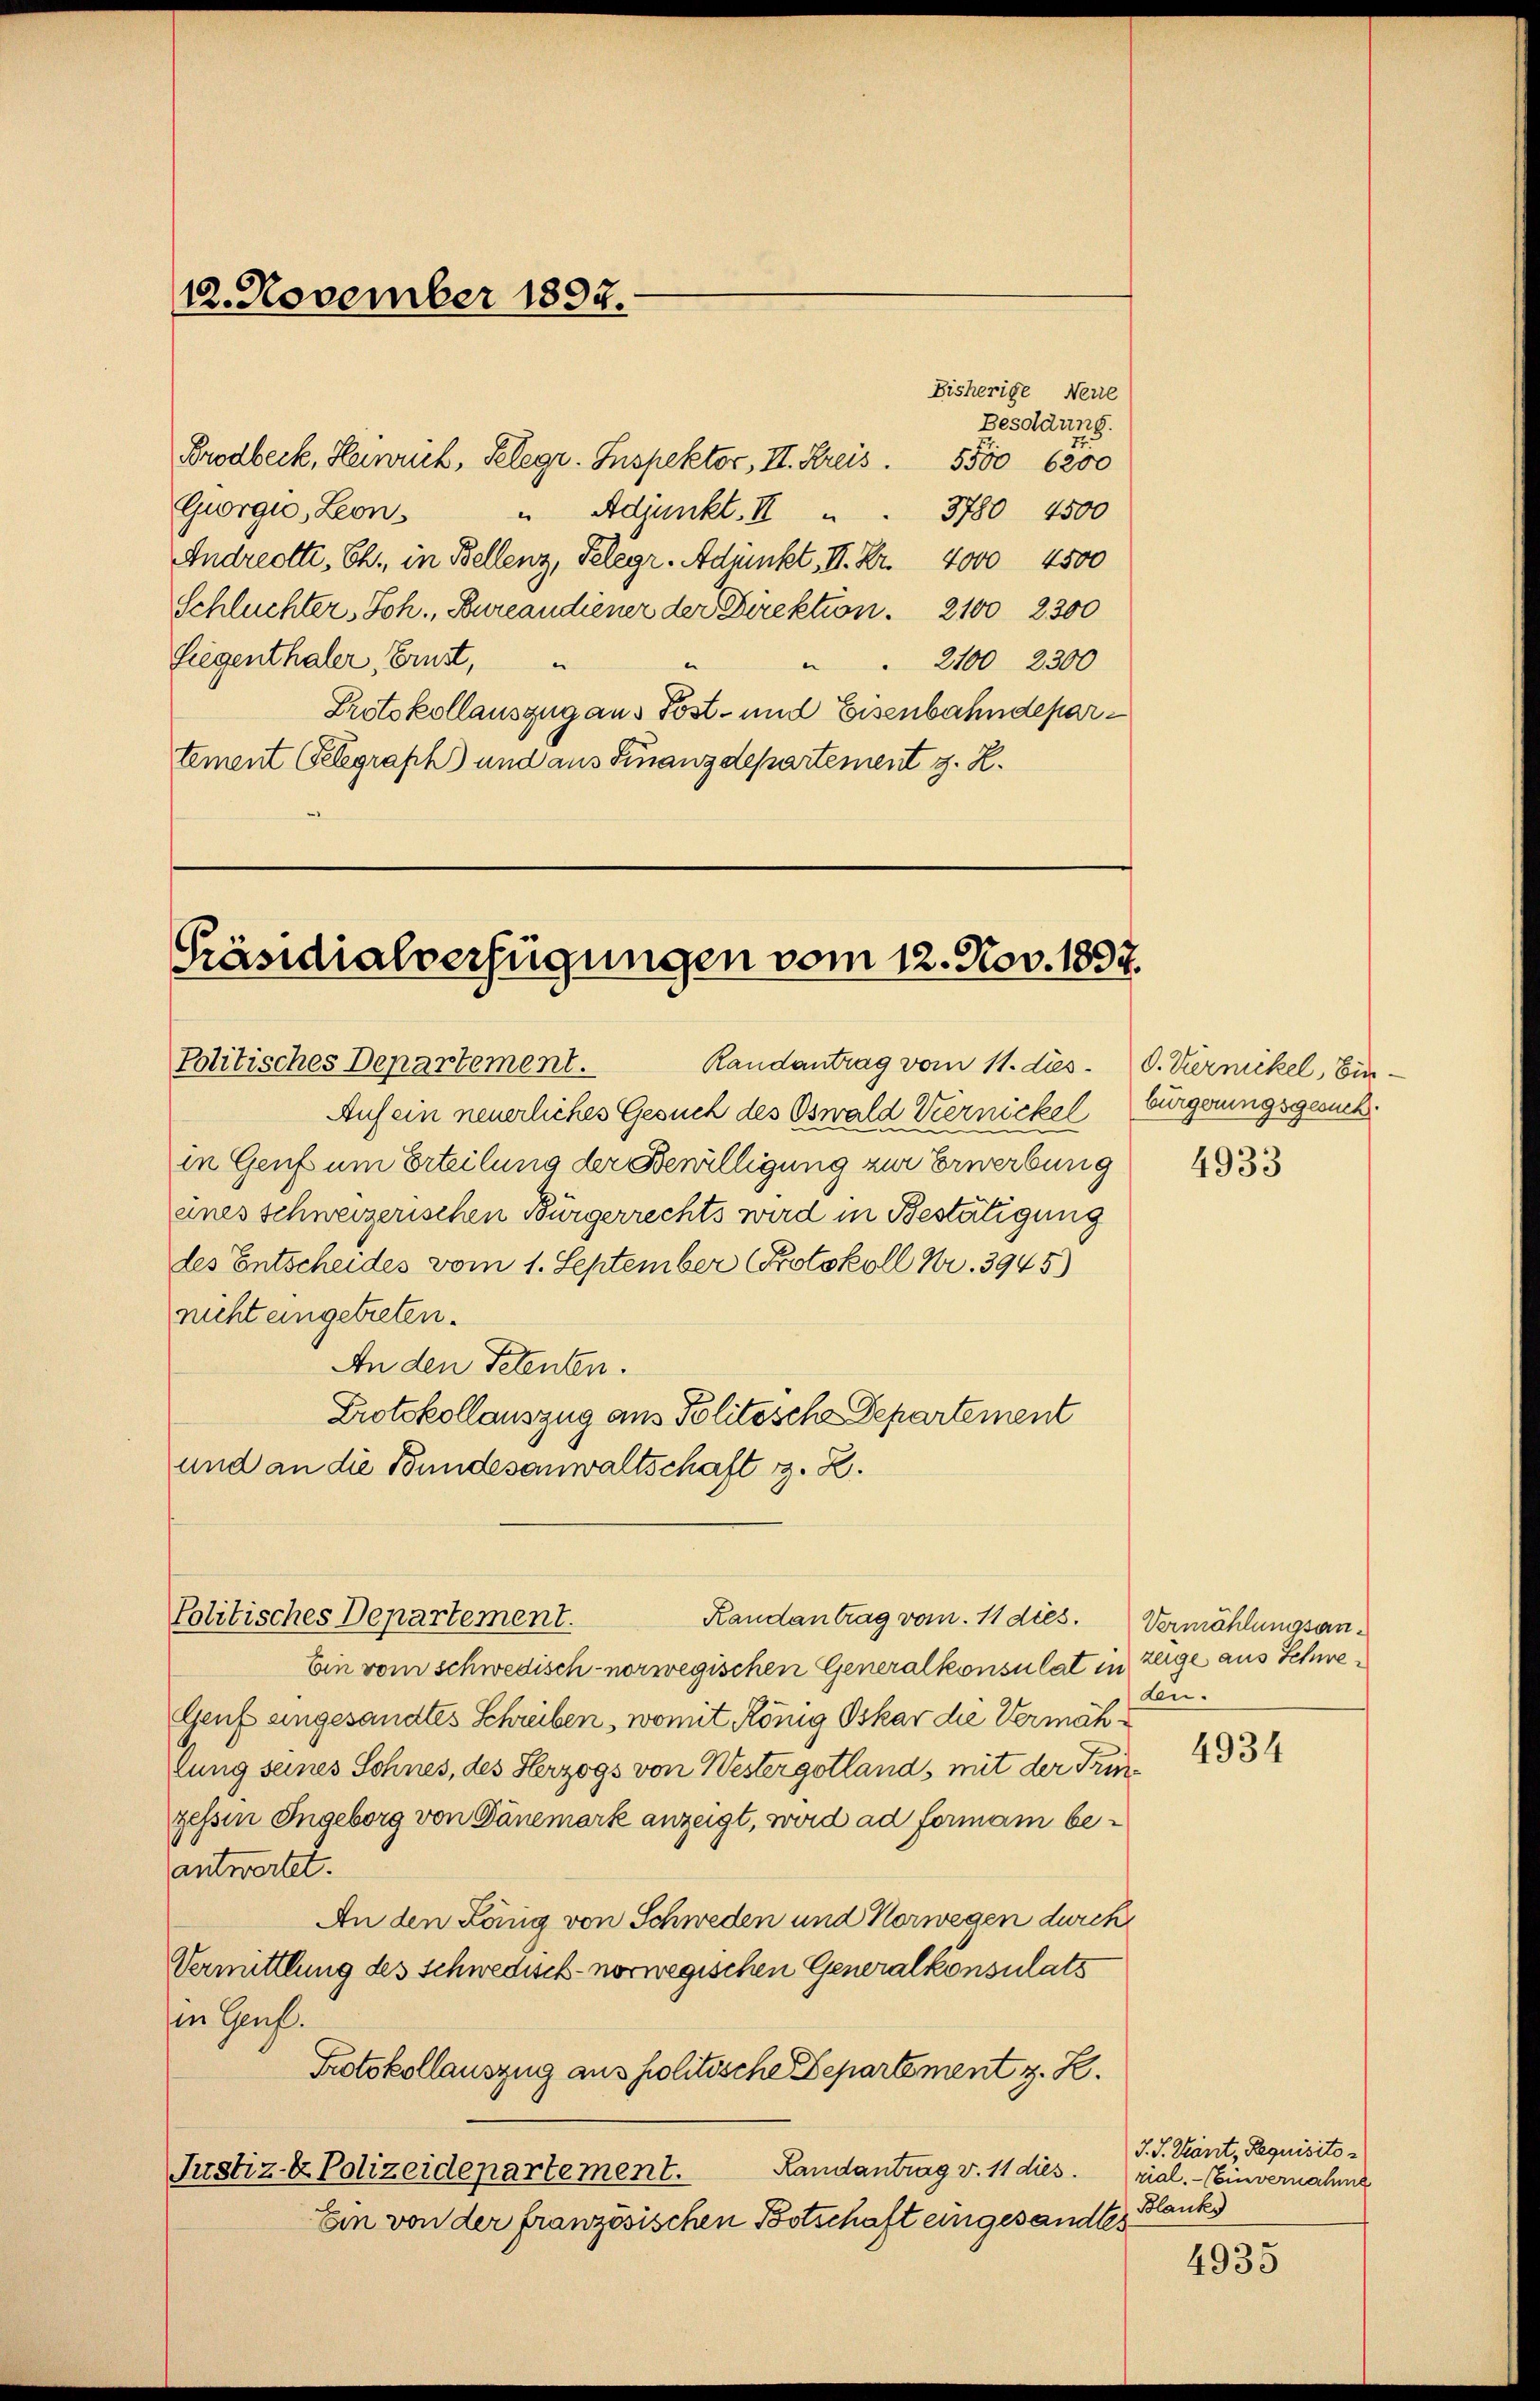
12. November 1892.

Brodbeck, Heinrich, Kelegr. Inspektor, II. Kreis. 5500 6200
Giorgio, Leon¬
3780 4500
" Adjunkt. II
Andrechte, Ch., in Bellenz, Telegr. Adjunkt, II. Kr. 4000 4500
Schluchter, Joh. Bureaudiener der Direktion. 2100 2300
Liegenthaler, Brust,
2100 2300
A
Protokollauszug aus Post- und Eisenbahndepartement Gelegraph) und aus Finanzdepartement z. R.

Präsidialverfügungen vom 12. Nov. 1897.

des Entscheides vom 1. September (Protokoll Nr. 3945)
nicht eingetreten.
An den Petenten.
Protokollauszug aus Politisch Departement
und an die Bundesanwaltschaft z. B.
Ein vom schwedisch- norwegischen Generalkonsulat in zeige aus Schwe¬
Genf eingesandtes Schreiben, womit König Oskar die Vermählung seines Sohnes, des Herzogs von Wester gotlands mit der Trinzessen Ingeborg von Dänemark anzeigt, wird ad formann beantwortet.
An den König von Schweden und Norwegen durch
Vermittlung des Schwedisch- norwegischen Generalkonsulats
in Genf.
Protokollauszug aus politische Departement z. Z.
Justiz- & Polizeidepartement.
Randantrag v. 11 dies. rial. - Einvernahme
Ein von der französischen Botschaft eingesandtes

folitisches Departement.

Politisches Departement. Randantrag vom 11. des 0. Vermikel, Ein-
ickel
Auf ein neuerliches Gesuch des Oswald Kerm
n
in Genf um Erteilung der Bewilligung zur Erwerbung
eines schweizerischen Bürgerrechts wird in Bestätigung

Bisherige Neue
Besoldung.

Randantrag vom 11 dies. Vermöhlungsan¬

bürgerungsgesuch.

4933

den.

4934

J. J. Kant, Requisito¬
Blanke

4935